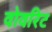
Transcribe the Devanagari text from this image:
वोवरिट